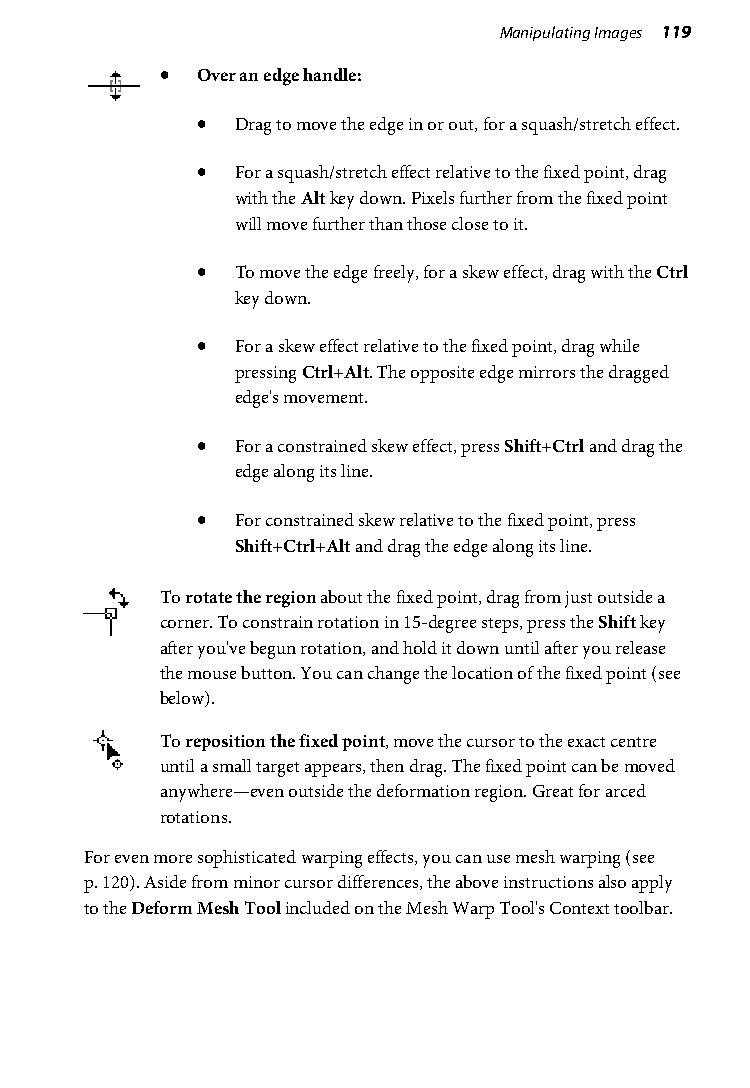
Manipulating Images 119
 • Over an edge handle:
 •  Drag to move the edge in or out, for a squash/stretch effect.
 •  For a squash/stretch effect relative to the fixed point, drag
 with the Alt key down. Pixels further from the fixed point
 will move further than those close to it.
 •  To move the edge freely, for a skew effect, drag with the Ctrl
 key down.
 •  For a skew effect relative to the fixed point, drag while
 pressing Ctrl+Alt. The opposite edge mirrors the dragged
 edge's movement.
 •  For a constrained skew effect, press Shift+Ctrl and drag the
 edge along its line.
 •  For constrained skew relative to the fixed point, press
 Shift+Ctrl+Alt and drag the edge along its line.
 To rotate the region about the fixed point, drag from just outside a
 corner. To constrain rotation in 15-degree steps, press the Shift key
 after you've begun rotation, and hold it down until after you release
 the mouse button. You can change the location of the fixed point (see
 below).
 To reposition the fixed point, move the cursor to the exact centre
 until a small target appears, then drag. The fixed point can be moved
 anywhere—even outside the deformation region. Great for arced
 rotations.
 For even more sophisticated warping effects, you can use mesh warping (see
 p. 120). Aside from minor cursor differences, the above instructions also apply
 to the Deform Mesh Tool included on the Mesh Warp Tool's Context toolbar.